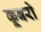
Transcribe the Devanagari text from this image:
कूबरो